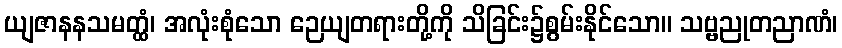
ယျဇာနနသမတ္ထံ၊ အလုံးစုံသော ဉေယျတရားတို့ကို သိခြင်း၌စွမ်းနိုင်သော။ သဗ္ဗညုတညာဏံ၊